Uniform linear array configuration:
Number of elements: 12
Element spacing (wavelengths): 0.75
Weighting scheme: hann
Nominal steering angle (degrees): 60
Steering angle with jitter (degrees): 59.808
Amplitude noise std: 0.05
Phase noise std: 0.05

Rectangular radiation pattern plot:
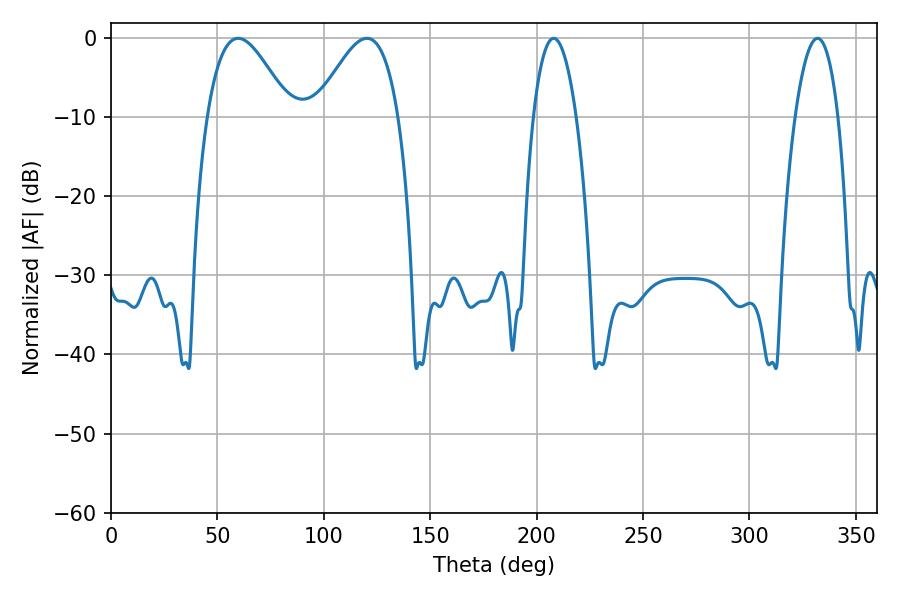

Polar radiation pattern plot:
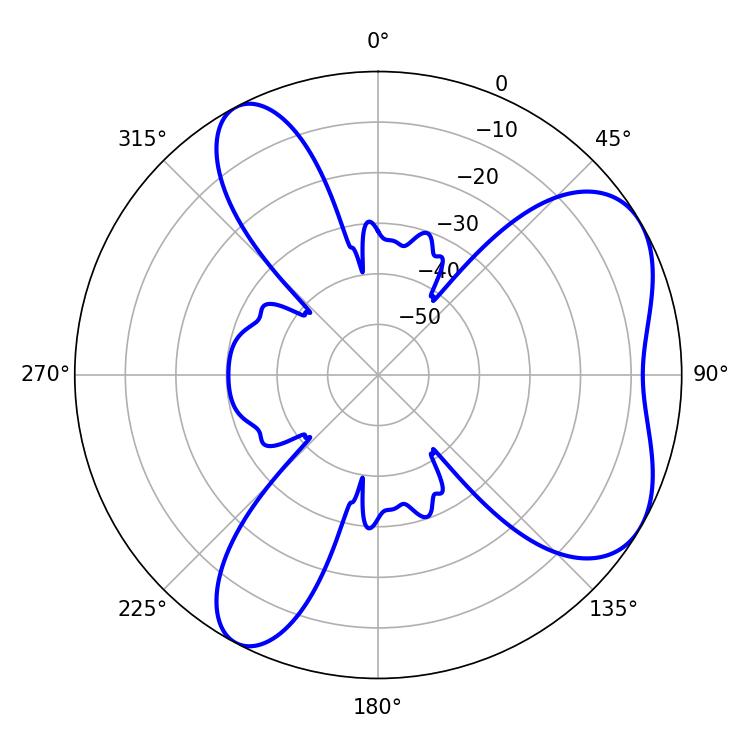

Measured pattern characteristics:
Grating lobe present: TRUE
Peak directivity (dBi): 5.767
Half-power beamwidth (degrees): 21.06
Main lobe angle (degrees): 59.76